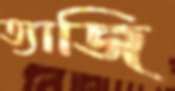
ত্যাজি